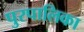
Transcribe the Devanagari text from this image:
पुरपालिका